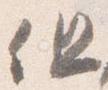
但